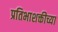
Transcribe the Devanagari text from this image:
प्रतिभाशक्तीच्या